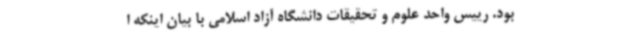
بود. رییس واحد علوم و تحقیقات دانشگاه آزاد اسلامی با بیان اینکه ا